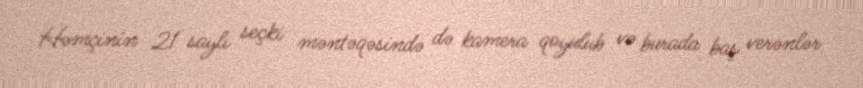
Həmçinin 21 saylı seçki məntəqəsində də kamera qoyulub və burada baş verənlər